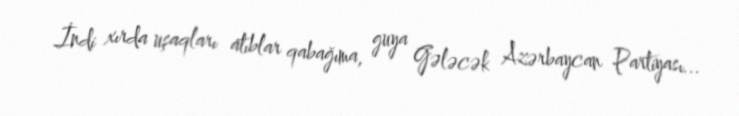
İndi xırda uşaqları atıblar qabağıma, guya Gələcək Azərbaycan Partiyası...